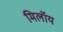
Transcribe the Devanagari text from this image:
मिलॉय